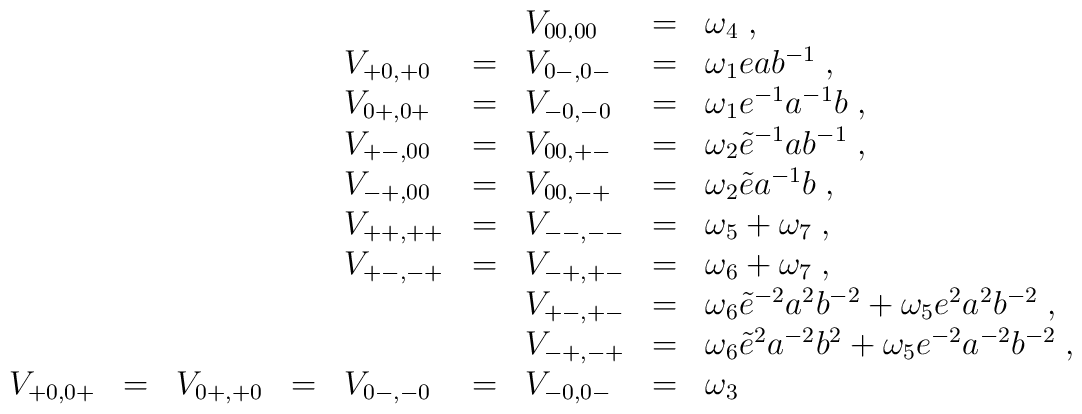
\begin{array}{lllllllll}&&&&&&V_{00,00}&=&\omega_{4}\;,\\&&&&V_{+0,+0}&=&V_{0-,0-}&=&\omega_{1}eab^{-1}\;,\\&&&&V_{0+,0+}&=&V_{-0,-0}&=&\omega_{1}e^{-1}a^{-1}b\;,\\&&&&V_{+-,00}&=&V_{00,+-}&=&\omega_{2}\tilde{e}^{-1}ab^{-1}\;,\\&&&&V_{-+,00}&=&V_{00,-+}&=&\omega_{2}\tilde{e}a^{-1}b\;,\\&&&&V_{++,++}&=&V_{--,--}&=&\omega_{5}+\omega_{7}\;,\\&&&&V_{+-,-+}&=&V_{-+,+-}&=&\omega_{6}+\omega_{7}\;,\\&&&&&&V_{+-,+-}&=&\omega_{6}\tilde{e}^{-2}a^{2}b^{-2}+\omega_{5}e^{2}a^{2}b^{-2}\;,\\&&&&&&V_{-+,-+}&=&\omega_{6}\tilde{e}^{2}a^{-2}b^{2}+\omega_{5}e^{-2}a^{-2}b^{-2}\;,\\V_{+0,0+}&=&V_{0+,+0}&=&V_{0-,-0}&=&V_{-0,0-}&=&\omega_{3}\end{array}